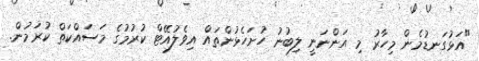
"އަޅުގަނޑުމެން މިހާރު މި އަންނަނީ ލިބުނު ހުށަހެޅުންތައް އިވެލުއޭޓް ކުރުމުގެ މަސައްކަތް ކުރަމުން.